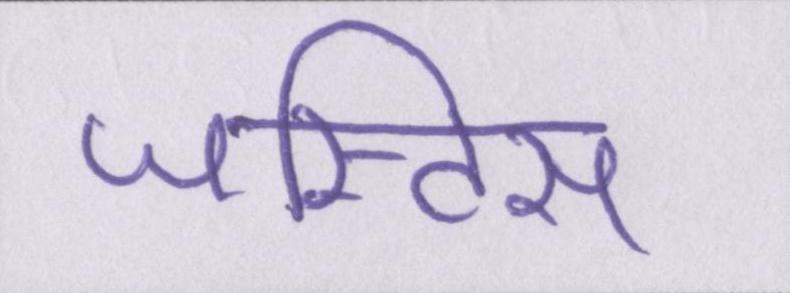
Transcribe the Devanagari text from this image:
जस्टिस